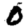
Digit: 0